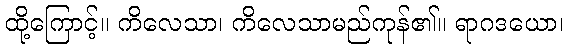
ထို့ကြောင့်။ ကိလေသာ၊ ကိလေသာမည်ကုန်၏။ ရာဂဒယော၊